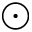
\odot